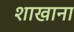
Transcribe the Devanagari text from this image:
शाखाना